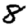
Digit: 8